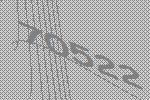
70522